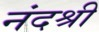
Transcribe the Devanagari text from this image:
नंदश्री